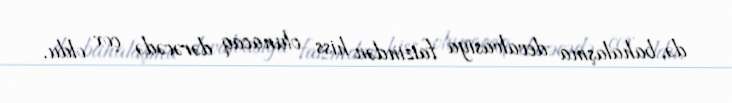
də, bahalaşma devalvasiya faizindən hiss olunacaq dərəcədə çox oldu.